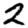
Digit: 2